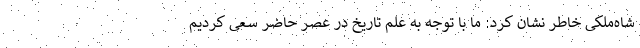
شاه‌ملکی خاطر نشان کرد: ما با توجه به علم تاریخ در عصر حاضر سعی کردیم